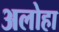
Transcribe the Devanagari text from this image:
अलोहा